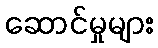
ဆောင်မှုများ